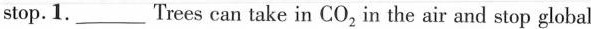
stop. 1.___Trees can take in CO_{2} in the air and stop global